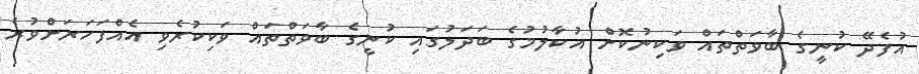
އުފެދޭ ކުނީގެ ބާވަތްތައް ވަކިނުކޮށް އުކާލުމުގެ ބަދަލުގައި ކުނީގެ ބާވަތްތައް ވަކިކުރެވި އެއްފަހަރަށްވުރެ